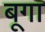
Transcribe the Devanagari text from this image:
बूगा